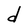
Character: d